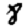
Digit: 8